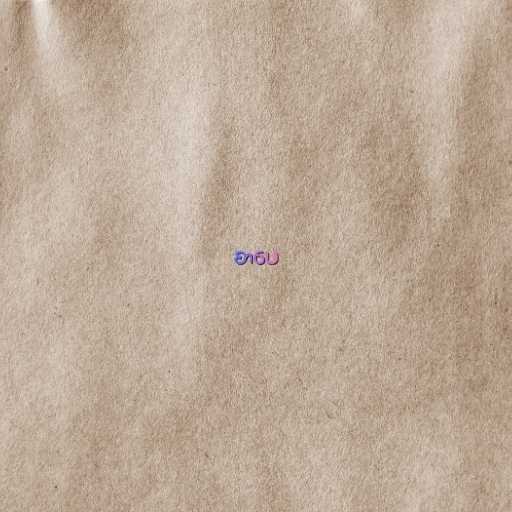
စာပေ